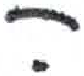
אות: ה